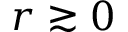
r \gtrsim 0